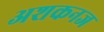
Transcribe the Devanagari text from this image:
अशकनज